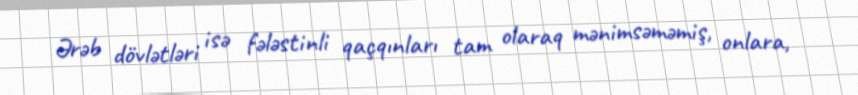
Ərəb dövlətləri isə fələstinli qaçqınları tam olaraq mənimsəməmiş, onlara,